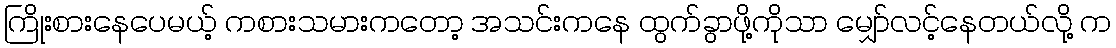
ကြိုးစားနေပေမယ့် ကစားသမားကတော့ အသင်းကနေ ထွက်ခွာဖို့ကိုသာ မျှော်လင့်နေတယ်လို့ က